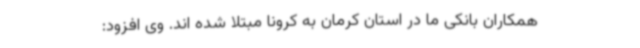
همکاران بانکی ما در استان کرمان به کرونا مبتلا شده اند. وی افزود: